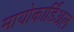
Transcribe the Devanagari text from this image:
मायोकार्डिअल